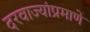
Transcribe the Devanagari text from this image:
दरवाज्यांप्रमाणे